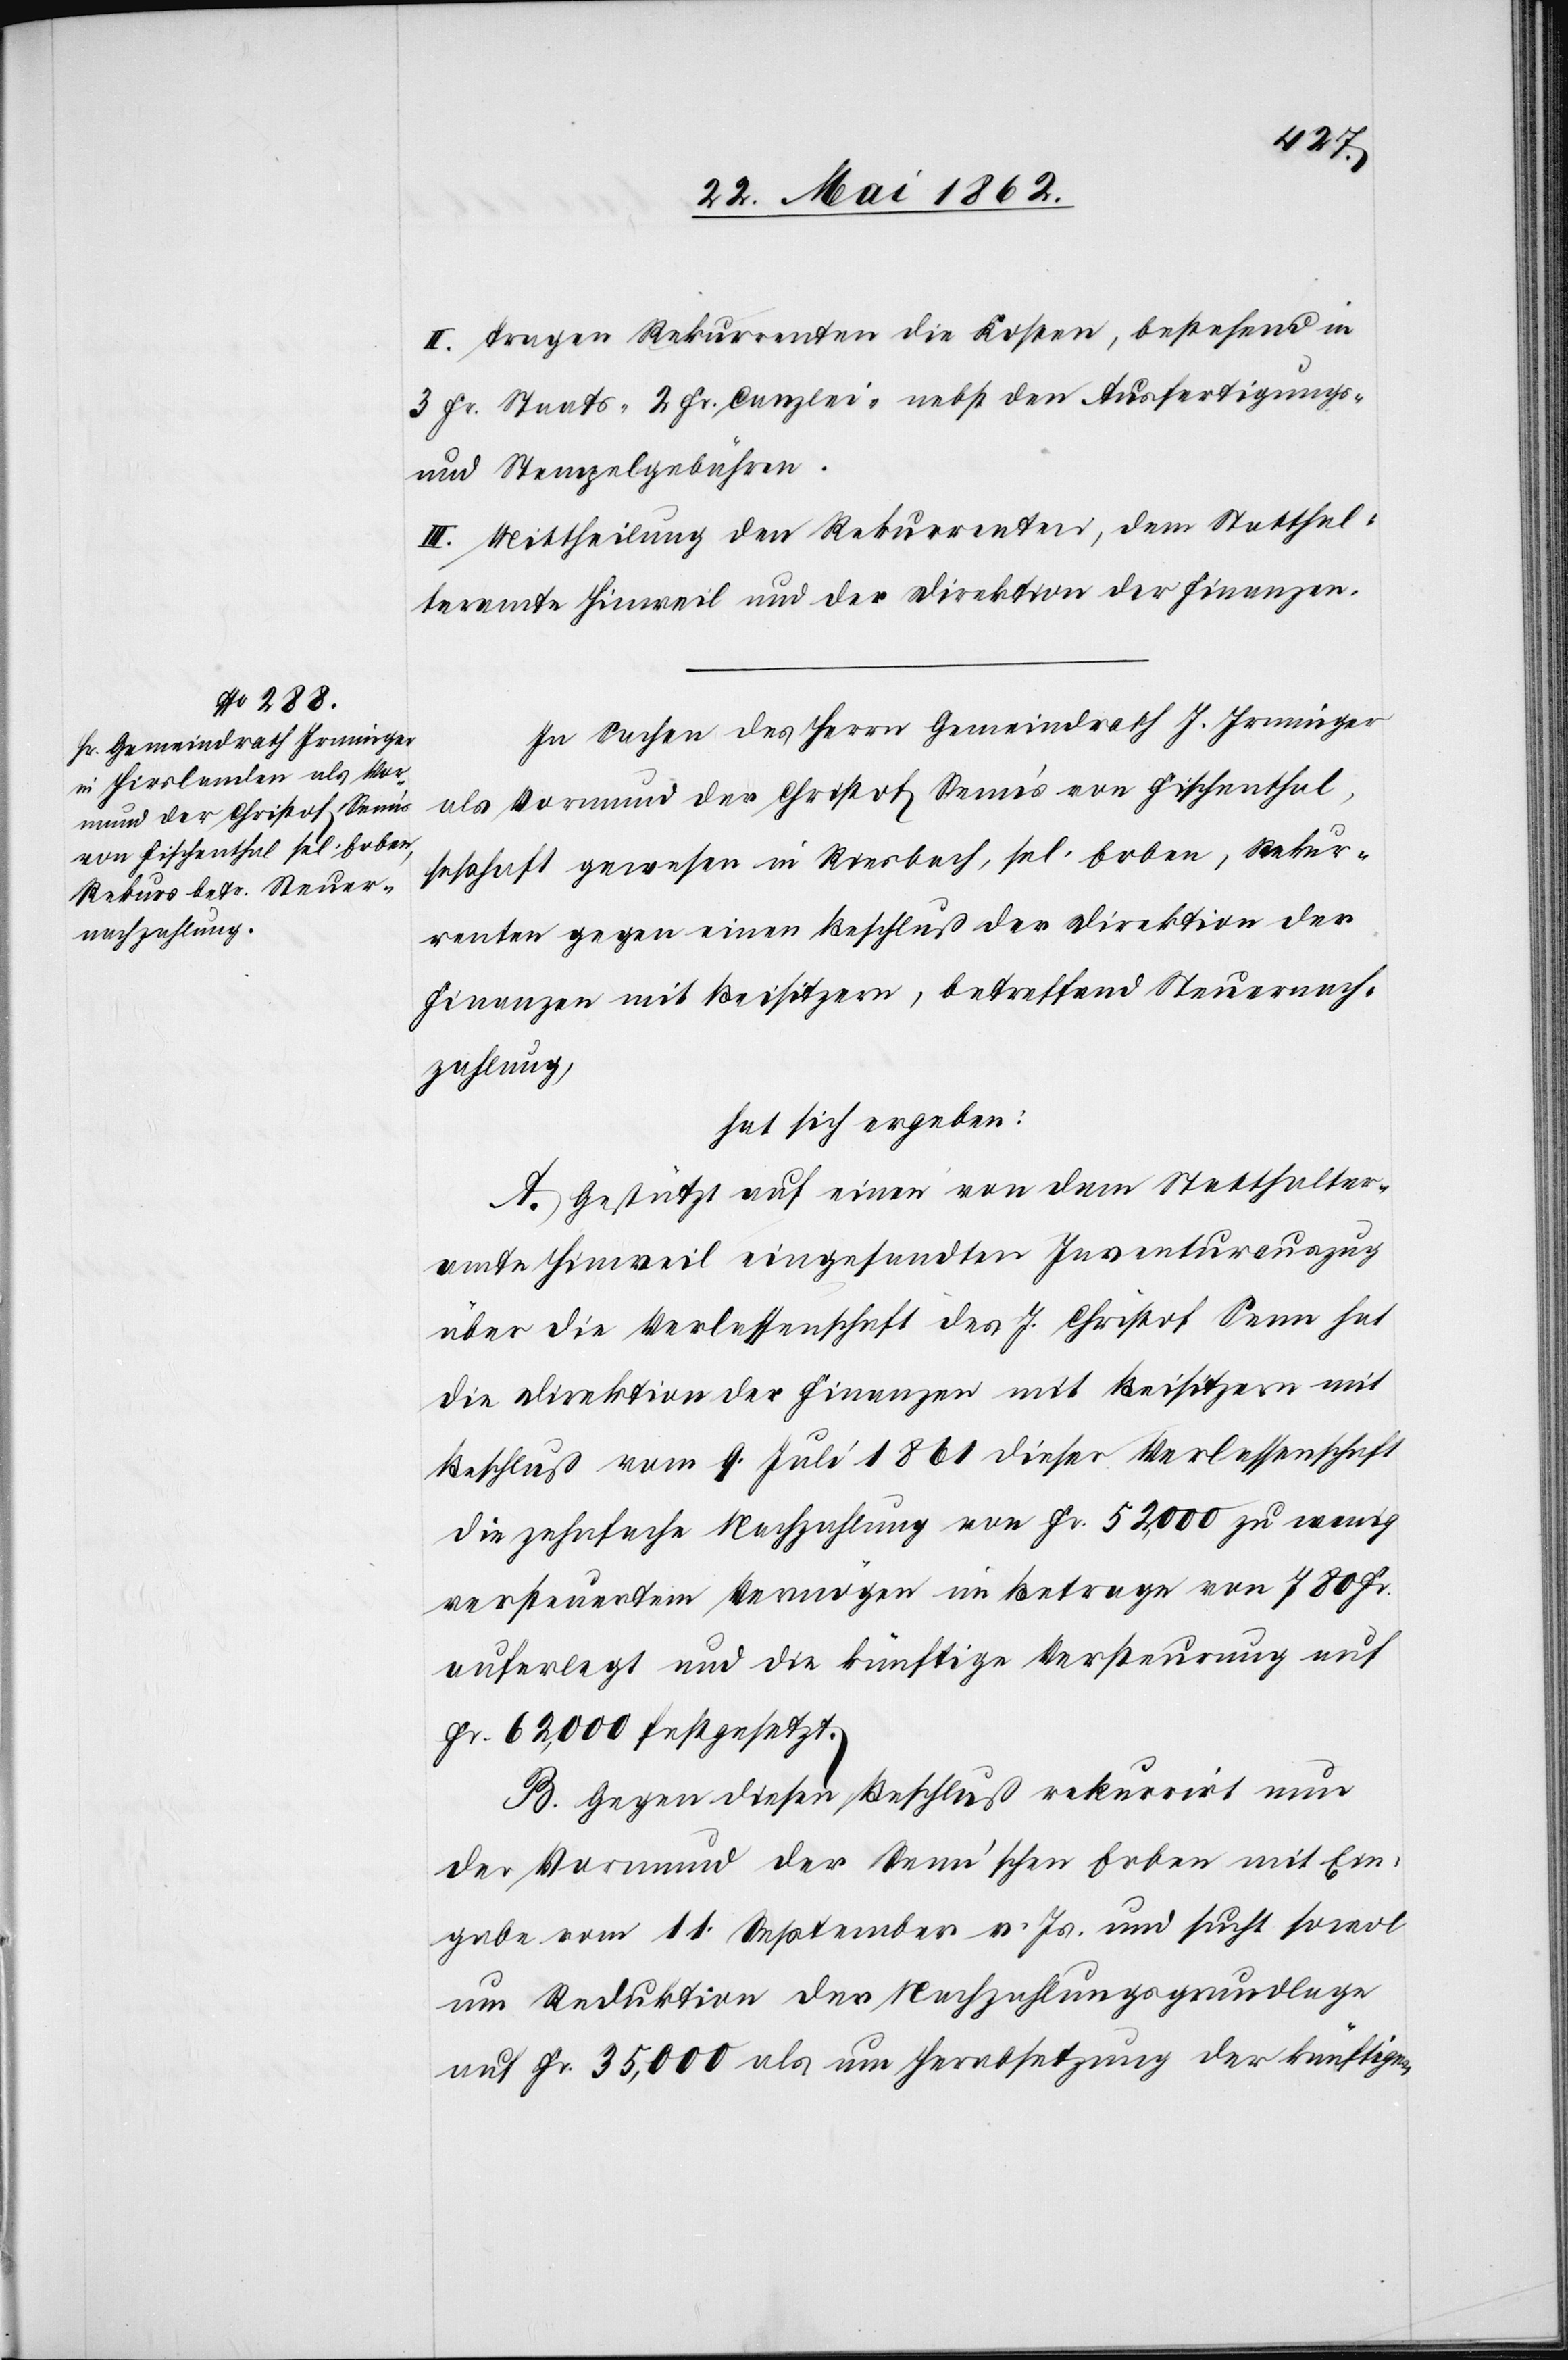
II. Tragen Rekurrenten die Kosten, bestehend in
3 Fr. Staats- 2 Fr. Canzlei- nebst den Ausfertigungs-
und Stempelgebühren.
III. Mittheilung den Rekurrenten, dem Statthal¬
teramte Hinweil und der Direktion der Finanzen.
In Sachen des Herrn Gemeindrath J. Irminger
als Vormund der Christoph Senn’s von Fischenthal,
seßhaft gewesen in Riesbach, sel. Erben, Rekur¬
renten gegen einen Beschluß der Direktion der
Finanzen mit Beisitzern, betreffend Steuernach¬
zahlung,
hat sich ergeben:
A. Gestützt auf einen von dem Statthalter¬
amte Hinweil eingesandten Inventurauszug
über die Verlassenschaft des J. Christoph Senn hat
die Direktion der Finanzen mit Beisitzern mit
Beschluß vom 9. Juli 1861 dieser Verlassenschaft
die zehnfache Nachzahlung von Fr. 52,000 zu wenig
versteuertem Vermögen im Betrage von 780 Fr.
auferlegt und die künftige Versteurung auf
Fr. 62,000 festgesetzt.
B. Gegen diesen Beschluß rekurrirt nun
der Vormund der Senn’schen Erben mit Ein¬
gabe vom 11. September v. Js. und sucht sowol
um Reduktion der Nachzahlungsgrundlage
auf Fr. 35,000 als um Herabsetzung der künftigen